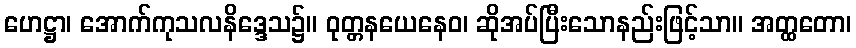
ဟေဋ္ဌာ၊ အောက်ကုသလနိဒ္ဒေသ၌။ ဝုတ္တနယေနေဝ၊ ဆိုအပ်ပြီးသောနည်းဖြင့်သာ။ အတ္ထတော၊